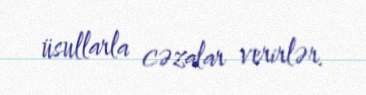
üsullarla cəzalar verirlər.